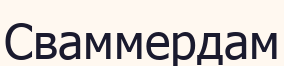
Сваммердам